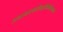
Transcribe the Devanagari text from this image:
समायास्यतीन्द्रादिभिर्गीयमानं